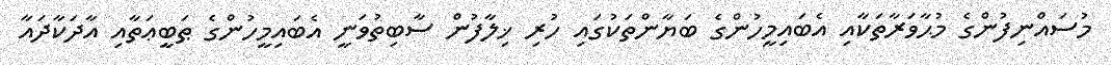
މުސައްނިފުންގެ މުޙާވަރާތަކާއި އެބައިމީހުންގެ ބަޔާންތަކުގައި ހުރި ޚިލާފުން ސާބިތުވަނީ އެބައިމީހުންގެ ޠަބީޢަތާއި އާދަކާދައާ